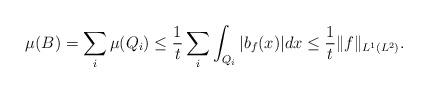
LaTeX: \begin{align*}\mu(B)=\sum_i\mu(Q_i)\leq\frac{1}{t}\sum_{i}\int_{Q_i}|b_f(x)|dx\leq \frac{1}{t}\|f\|_{L^1(L^2)}.\end{align*}